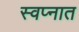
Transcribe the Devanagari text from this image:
स्‍वप्‍नात